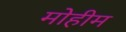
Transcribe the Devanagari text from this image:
मोेहीम